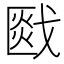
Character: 𰒯